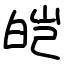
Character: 皑